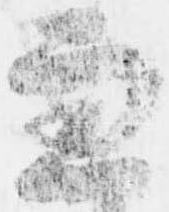
兼